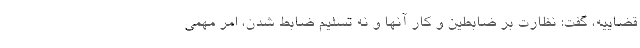
قضاییه، گفت: نظارت بر ضابطین و کار آنها و نه تسلیم ضابط شدن، امر مهمی